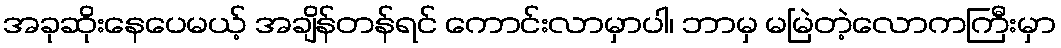
အခုဆိုးနေပေမယ့် အချိန်တန်ရင် ကောင်းလာမှာပါ၊ ဘာမှ မမြဲတဲ့လောကကြီးမှာ